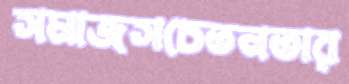
সমাজসচেতনতার